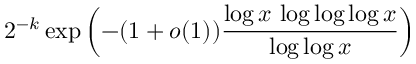
2 ^ { - k } \exp \left( - ( 1 + o ( 1 ) ) { \frac { \log x \, \log \log \log x } { \log \log x } } \right)